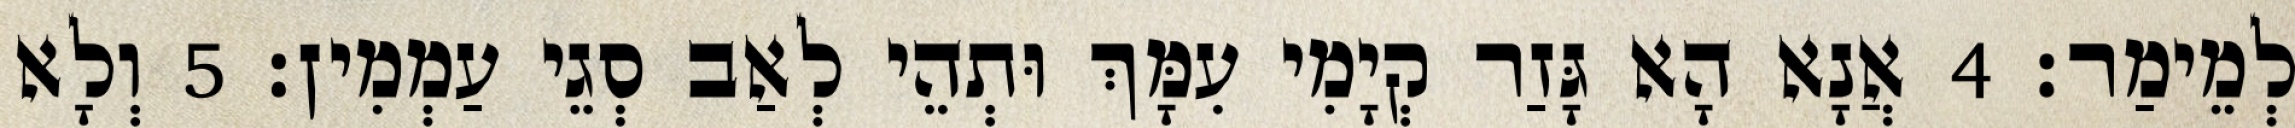
לְמֵימַר׃ 4 אֲנָא הָא גָּזַר קְיָמִי עִמָּךְ וּתְהֵי לְאַב סְגֵי עַמְמִין׃ 5 וְלָא